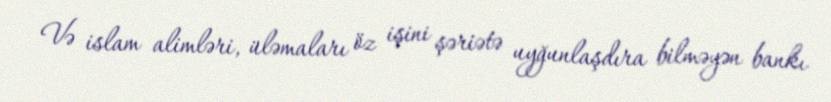
Və islam alimləri, üləmaları öz işini şəriətə uyğunlaşdıra bilməyən bankı